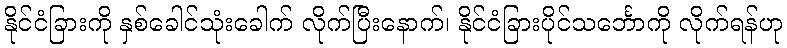
နိုင်ငံခြားကို နှစ်ခေါင်သုံးခေါက် လိုက်ပြီးနောက်၊ နိုင်ငံခြားပိုင်သင်္ဘောကို လိုက်ရန်ဟု